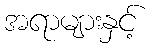
အရာများနှင့်